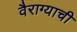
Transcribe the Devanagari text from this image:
वैराग्‍याची